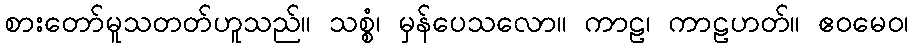
စားတော်မူသတတ်ဟူသည်။ သစ္စံ၊ မှန်ပေသလော။ ကာဠ၊ ကာဠဟတ်။ ဧဝမေဝ၊